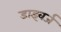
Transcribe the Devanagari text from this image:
डाइवर्ज